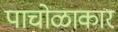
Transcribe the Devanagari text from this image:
पाचोळाकार